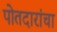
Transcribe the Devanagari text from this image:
पोतदारांचा